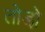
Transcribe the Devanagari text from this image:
तोडो़